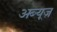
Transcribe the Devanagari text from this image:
अब्यूज़